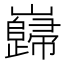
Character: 巋